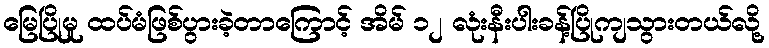
မြေပြိုမှု ထပ်မံဖြစ်ပွားခဲ့တာကြောင့် အိမ် ၁၂ လုံးနီးပါးခန့်ပြိုကျသွားတယ်လို့